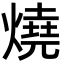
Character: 燒